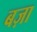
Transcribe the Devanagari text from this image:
बज़ा